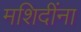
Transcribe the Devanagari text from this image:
मशिदींना